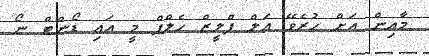
މާއިން އަށް ހުރެވޭ އަލް ޕްލީޒް ހެލްޕް މީ އައި ޑޯންޓް ނޯ